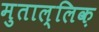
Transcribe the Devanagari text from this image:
मुताल्लिक़